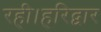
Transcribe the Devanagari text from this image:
रही।हरिद्वार